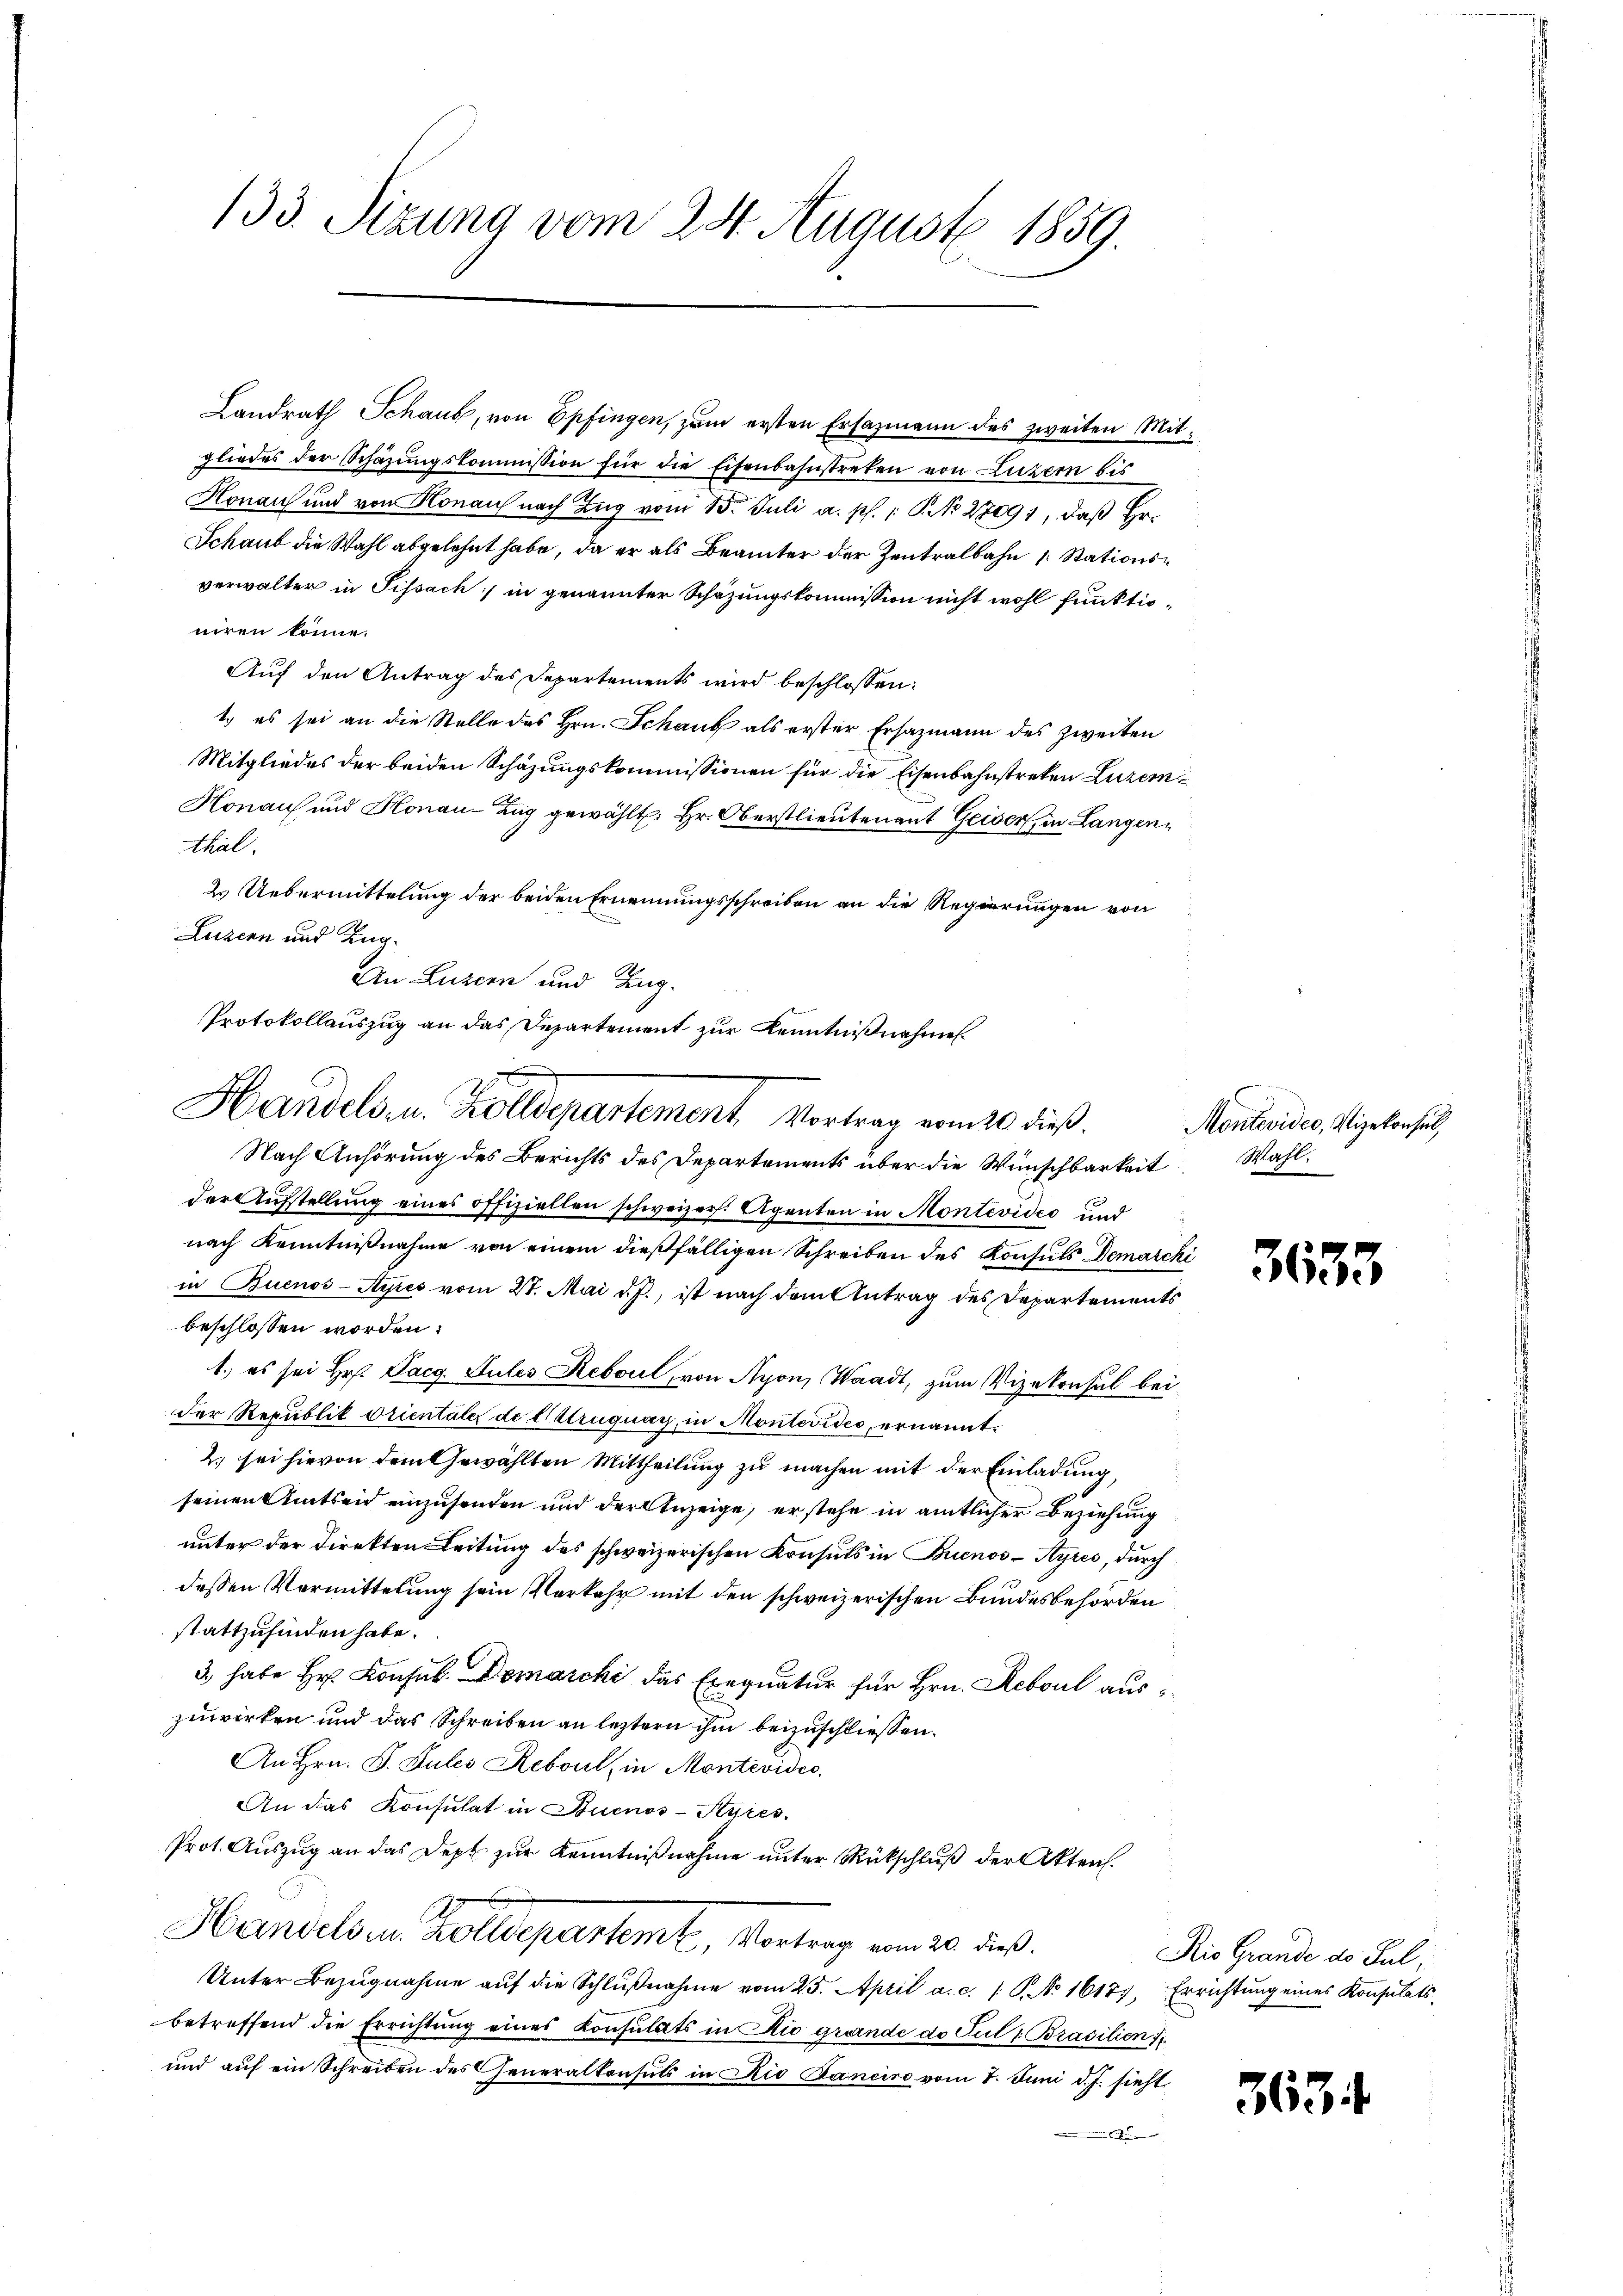
133. Sizung vom 24. August 1859.

niren könne.
Auf den Antrag des Departements wird beschlossen:
t. es sei an die Stelle des Hrn. Schaub als erster Ersazmann des zweiten
Mitgliedes der beiden Schazungskommissionen für die Eisenbahnstreten Luzern
Honaus und Honau-Zug gewählt: Hr. Oberstlieutenant Geiser, in Langenthal.
2. Uebermittelung der beiden Ernennungsschreiben an die Regierungen von
Luzern und Zug.
An Luzern und Zug.
Protokollauszug an das Departement zur Kenntnißnahme

Handels- u. Zolldepartement Vortrag vom 20 dieß.

Landrath Schaub, von Epfingen, zum ersten Ersazmann des zweiten Mitgliedes der Schazungskommission für die Eisenbahnstreken von Luzern bis
Honau und von Honau nach Zŭg vom 15. Juli a. p. 1 S. No 27091, daβ hr.
Schaub die Wahl abgelehnt habe, da er als Beamter der Zentralbahn Stationsverwalter in Sissach] in genannter Schazungskommission nicht wohl funktio¬

Nach Anhörung des Berichts des Departements über die Wünschbarkeit Wahlder Aufstellung eines offiziellen schweizer. Agenten in Montevideo und
nach Kenntnißnahme von einem dießfälligen Schreiben des Konsuls Demarchi
in Buenos-Ayres vom 27. Mai d. J., ist nach dem Antrag des Departements
beschlossen worden.
1.) es sei Hr. Daeg. Sules Rebou, von Nyon, Waadt, zum Vizekonsul bei
Der Republit Orientale de truguag, in Montevides, ernannt.
2) sei hievon dem Gewählten Mittheilung zu machen mit der Einladung,
seinen Amtseid einzusenden und der Anzeige, erstehe in amtlicher Beziehung
unter der Direkten Leitung des schweizerischen Konsuls in Buenos-Ayres, durch
dessen Vormittelung sein Verkehr mit den schweizerischen Bundesbehörden
stattzufinden habe.
3, habe Hr. Konsub. Demarcki das Exequatur für Hrn. Reboul auszuwirken und das Schreiben an leztern ihm beizuschliessen.
An Hrn. F. Jules Reboul, in Montevides.
An das Konsulat in Buenos-Ayres
Prot. Auszug an das Dept zur Kenntnißnahme unter Rückschluß der Akten.
Handels in Kollegartent, mit de
Unter Bezŭgnahme aŭf die Schlŭβnahme vom 25. April a. c. 1 S. No 16177, Errichtŭng eines Konsulats-
betreffend die Errichtung eines Konsulats in Kie grunde do Pul 7. Brasilien
und auf ein Schreiben des Generalkonsuls in Rio Janeiro vom 7. Juni d. J. sieht
.

Montevideo, Vizekonsul,

3633

Rio Grande des Jul.

3634